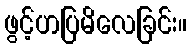
ဖွင့်ဟပြမိလေခြင်း။